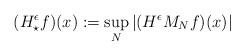
LaTeX: \begin{align*}(H^{\epsilon}_{\star}f)(x) := \sup_{N} |(H^{\epsilon}M_N f)(x)|\end{align*}